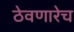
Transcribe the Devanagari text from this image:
ठेवणारेच